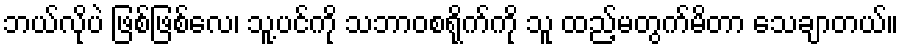
ဘယ်လိုပဲ ဖြစ်ဖြစ်လေ၊ သူ့ပင်ကို သဘာဝစရိုက်ကို သူ ထည့်မတွက်မိတာ သေချာတယ်။